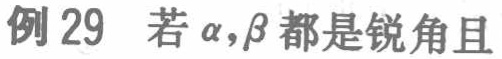
例 29 若\(\alpha,\beta\)都是锐角且